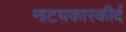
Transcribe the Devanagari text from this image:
नाटय़कारकीर्द